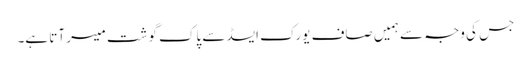
جس کی وجہ سے ہمیں صاف یورک ایسڈ سے پاک گوشت میسر آتا ہے۔